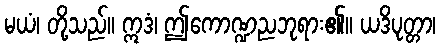
မယံ၊ တို့သည်။ ဣဒံ၊ ဤကောဏ္ဍညဘုရား၏။ ယဒိပုတ္တာ၊